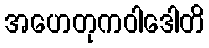
အဟေတုကဝါဒေါတိ